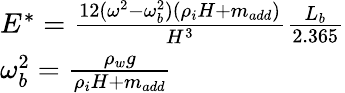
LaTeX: \begin{array}{l}{E^{*}=\frac{12(\omega^{2}-\omega_{b}^{2})(\rho_{i}H+m_{add})}{H^{3}}\frac{L_{b}}{2.365}}\\ {\omega_{b}^{2}=\frac{\rho_{w}g}{\rho_{i}H+m_{add}}}\end{array}